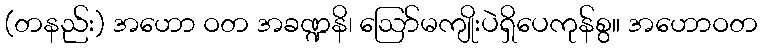
(တနည်း) အဟော ဝတ အခဏ္ဍနိ၊ ဩော်မကျိုးပဲရှိပေကုန်စွ။ အဟောဝတ